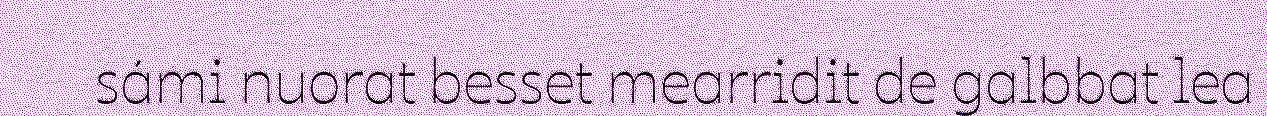
sámi nuorat besset mearridit de galbbat lea